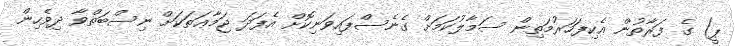
ޕީ) ގެ ފަރާތުން އެކިފަހަރުމަތިން ސަމާލުކަމަށް ގެނެސްފައިވަނިކޮށް އެފަދަ ޖަމާޢަތަކަށް ނިސްބަތްވާ ދިވެހިން